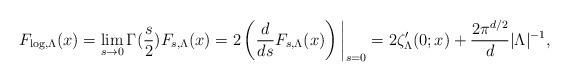
LaTeX: \begin{align*} F_{\log,\Lambda} (x) &=\lim_{s\to 0}\Gamma(\frac{s}{2})F_{s,\Lambda} (x)=2\left(\frac{d}{ds}F_{s,\Lambda} (x)\right)\bigg|_{s=0}= 2\zeta_\Lambda'(0;x) +\frac{2\pi^{d/2}}{d}|\Lambda |^{-1}, \end{align*}